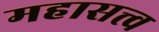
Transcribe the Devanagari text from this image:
महासत्त्व